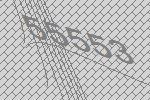
55553